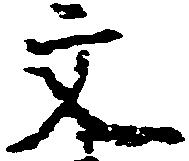
文